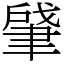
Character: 肈